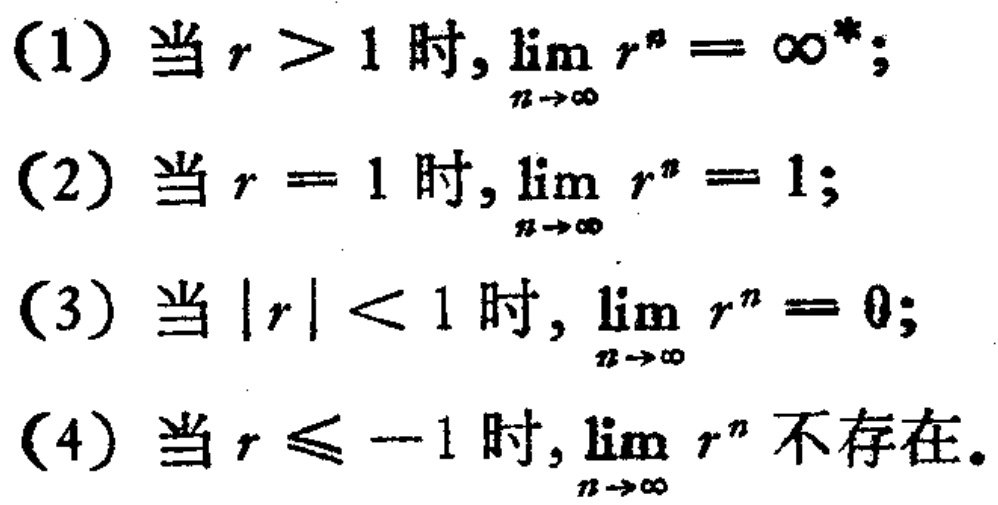
(1) 当$r > 1$时, $\lim_{n \to \infty} r^{n} = \infty^{*}$;
(2) 当$r = 1$时, $\lim_{n \to \infty} r^{n} = 1$;
(3) 当$|r| < 1$时, $\lim_{n \to \infty} r^{n} = 0$;
(4) 当$r \leq -1$时, $\lim_{n \to \infty} r^{n}$不存在。